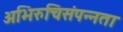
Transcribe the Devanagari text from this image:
अभिरुचिसंपन्नता